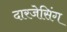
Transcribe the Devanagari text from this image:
दारजेसिंग